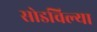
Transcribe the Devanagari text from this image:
सोडविल्या